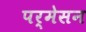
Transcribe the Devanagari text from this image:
पर्मेसन